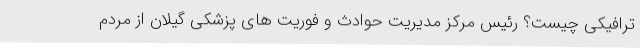
ترافیکی چیست؟ رئیس مرکز مدیریت حوادث و فوریت های پزشکی گیلان از مردم